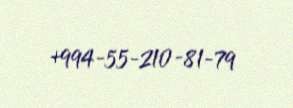
+994-55-210-81-79